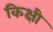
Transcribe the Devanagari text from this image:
किक्षी